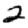
Digit: 2